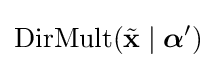
\operatorname {DirMult} ({\tilde {\mathbf {x} }}\mid {\boldsymbol {\alpha }}')